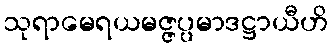
သုရာမေရယမဇ္ဇပ္ပမာဒဋ္ဌာယီဟိ